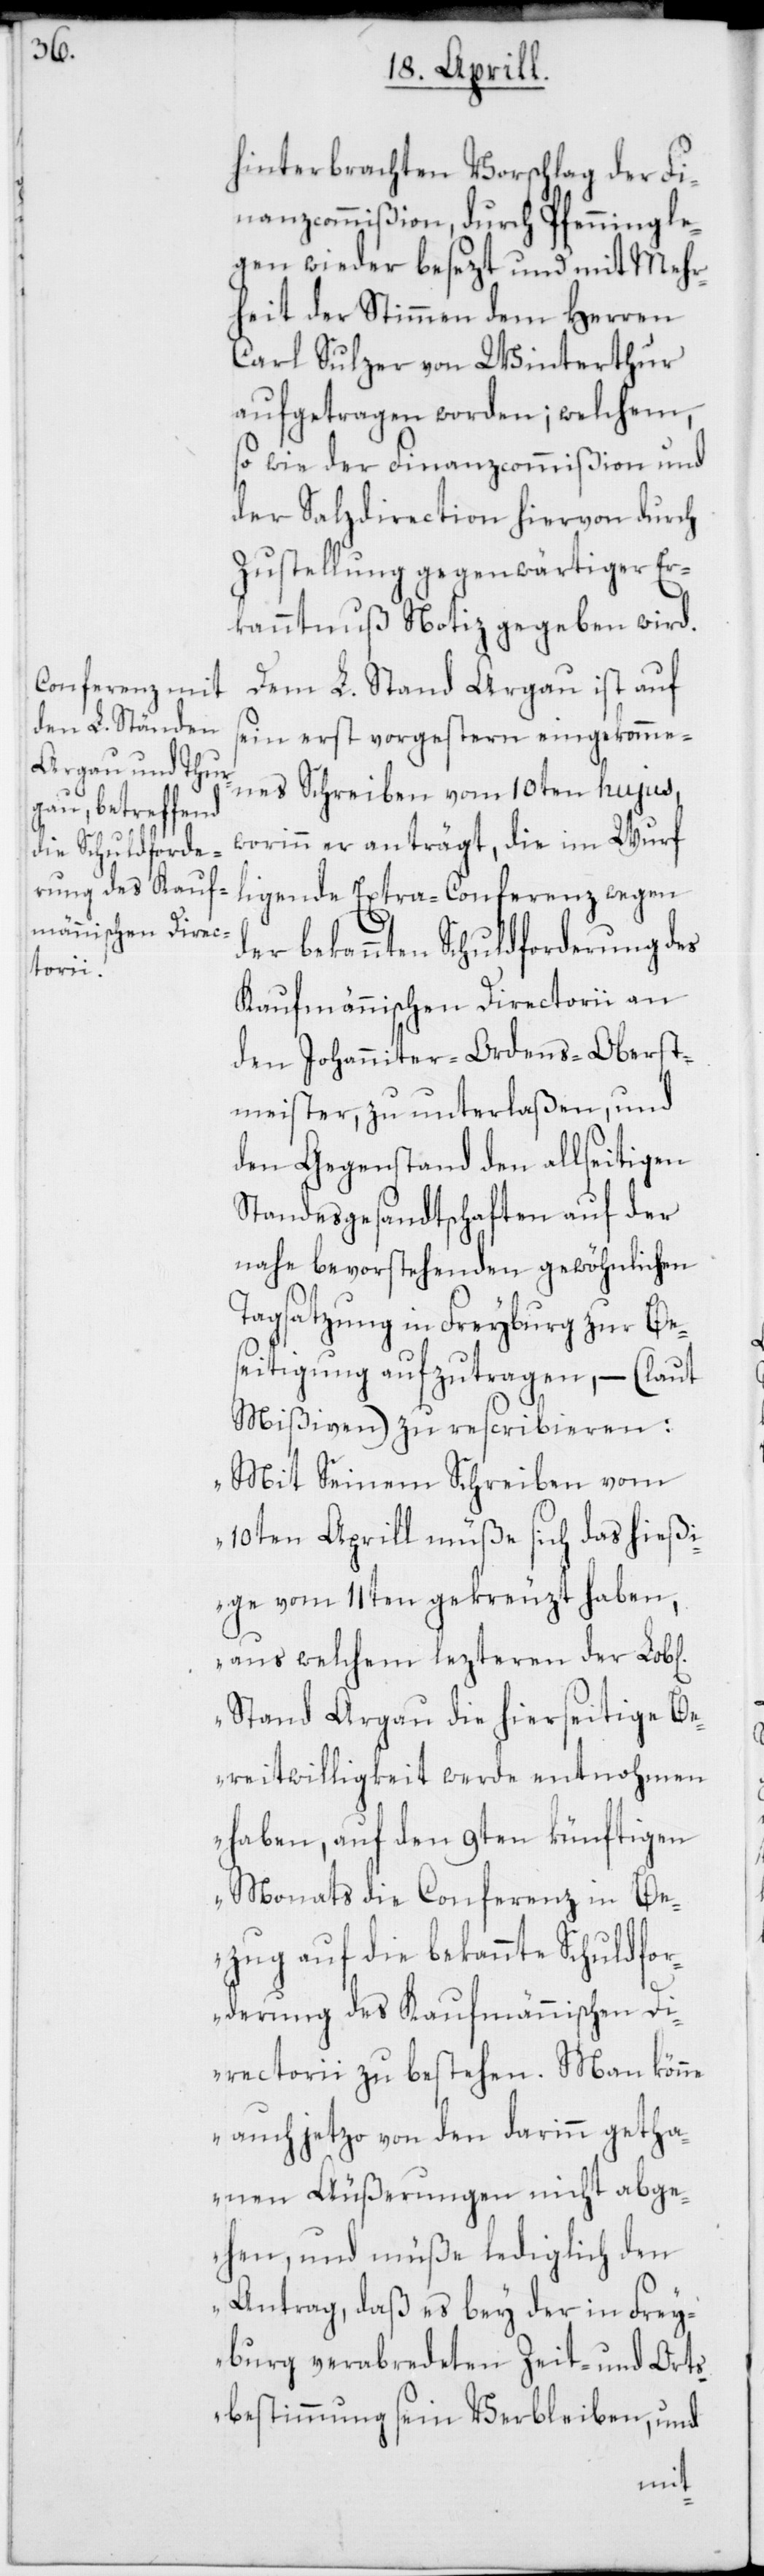
hinterbrachten Vorschlag der Fi¬
nanzcommißion durch Pfenningle¬
gen wieder besezt und mit Mehr¬
heit der Stimmen dem Herren
Carl Sulzer von Winterthur
aufgetragen worden; welchem,
so wie der Finanzcommißion und
der Salzdirection hiervon durch
Zustellung gegenwärtiger Er¬
kanntnuß Notiz gegeben wird.
Dem L. Stand Argau ist auf
sein erst vorgestern eingekomme¬
nes Schreiben vom 10ten hujus,
worinn er anträgt, die im Wurf
ligende Extra-Conferenz wegen
der bekannten Schuldforderung des
Kaufmännischen Directorii an
den Johanniter-Ordens-Oberst¬
meister, zu unterlaßen, und
den Gegenstand den allseitigen
Standesgesandtschaften auf der
nahe bevorstehenden gewöhnlichen
Tagsatzung in Freyburg zur Be¬
seitigung aufzutragen, – (laut
Mißiven) zu rescribieren:
„Mit Seinem Schreiben vom
10ten Aprill müße sich das hießi¬
ge vom 11ten gekreuzt haben,
aus welchem lezteren der Lob[li¬
Stand Argau die hierseitige Be¬
reitwilligkeit werde entnohmen
haben, auf den 9ten künftigen
Monats die Conferenz in Be¬
zug auf die bekannte Schuldfor¬
derung des Kaufmännischen Di¬
rectorii zu bestehen. Man könne
auch jetzo von den darinn getha¬
nen Äußerungen nicht abge¬
hen, und müße lediglich den
Antrag, daß es bey der in Frey¬
burg verabredeten Zeit- und Ort¬
sbestimmung sein Verbleiben, und
chen]